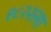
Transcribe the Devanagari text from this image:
१८२२ला